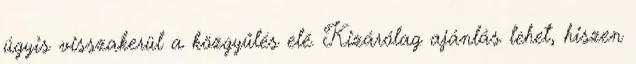
úgyis visszakerül a közgyűlés elé. Kizárólag ajánlás lehet, hiszen